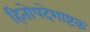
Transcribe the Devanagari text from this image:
हितोपदेशाष्टक